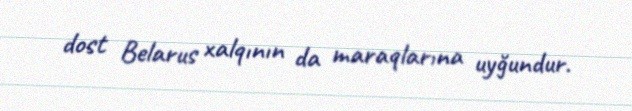
dost Belarus xalqının da maraqlarına uyğundur.